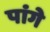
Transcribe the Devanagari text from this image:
पांगे